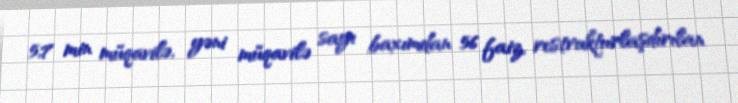
5,7 min müqavilə, yəni müqavilə sayı baxımdan 56 faiz, restrukturlaşdırılan